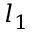
l _ { 1 }